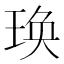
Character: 𤥺